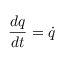
{ \frac { d q } { d t } } = { \dot { q } }